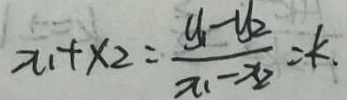
x _ { 1 } + x _ { 2 } = \frac { y _ { 1 } - y _ { 2 } } { x _ { 1 } - x _ { 2 } } = k .